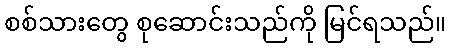
စစ်သားတွေ စုဆောင်းသည်ကို မြင်ရသည်။